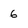
Character: 6